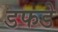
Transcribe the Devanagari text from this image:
डफडे